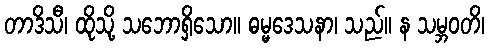
တာဒိသီ၊ ထိုသို့ သဘောရှိသော။ ဓမ္မဒေသနာ၊ သည်။ န သမ္ဘဝတိ၊